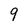
Character: 9